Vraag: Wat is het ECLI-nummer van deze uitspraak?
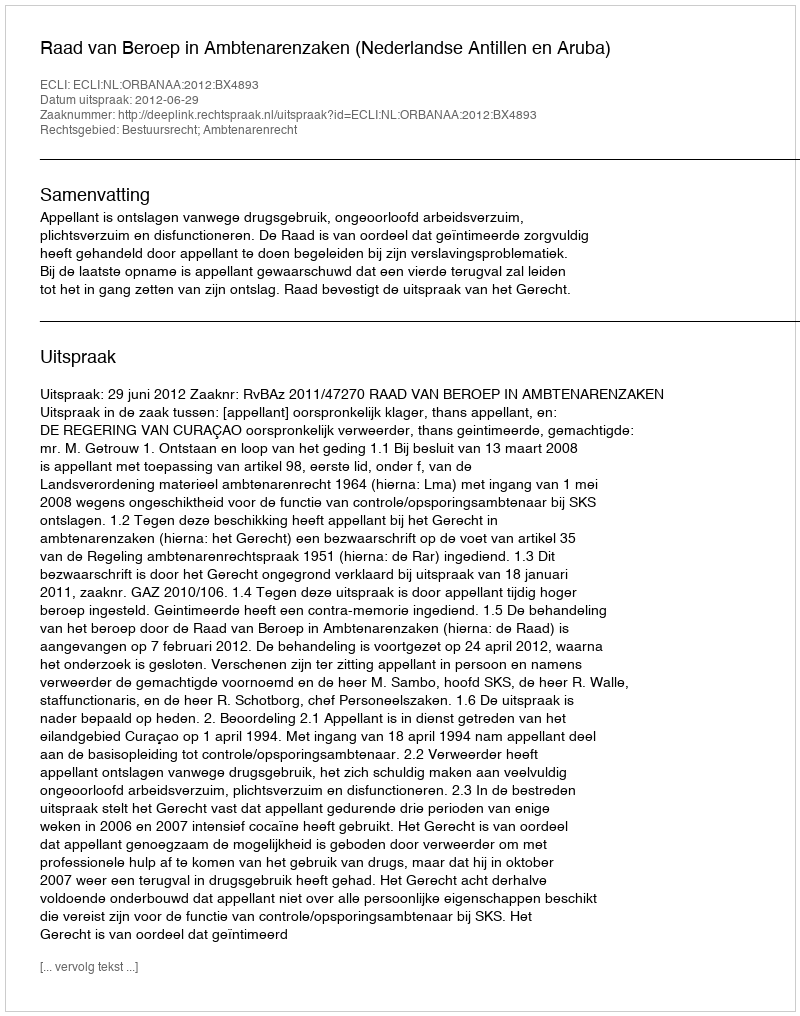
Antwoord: ECLI:NL:ORBANAA:2012:BX4893